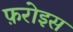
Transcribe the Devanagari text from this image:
फ़रोइस